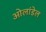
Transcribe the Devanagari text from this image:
ओलांडेल